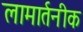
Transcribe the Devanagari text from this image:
लामार्तनीक